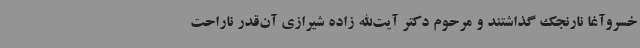
خسروآغا نارنجک گذاشتند و مرحوم دکتر آیت‌الله زاده شیرازی آن‌قدر ناراحت